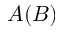
A ( B )